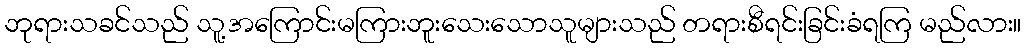
ဘုရားသခင်သည် သူ့အကြောင်းမကြားဘူးသေးသောသူများသည် တရားစီရင်းခြင်းခံရကြ မည်လား။